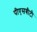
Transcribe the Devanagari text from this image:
पीएसबीटी